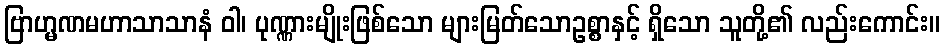
ဗြာဟ္မဏမဟာသာသာနံ ဝါ၊ ပုဏ္ဏားမျိုးဖြစ်သော များမြတ်သောဥစ္စာနှင့် ရှိသော သူတို့၏ လည်းကောင်း။